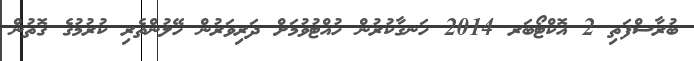
ބުރާސްފަތި 2 އޮކްޓޯބަރ 2014 ހަނގާކުރުން ހުއްޓުވުމަށް ދަރިވަރުން ހޭލުންތެރި ކުރުމުގެ ގޮތުން